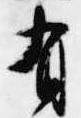
有